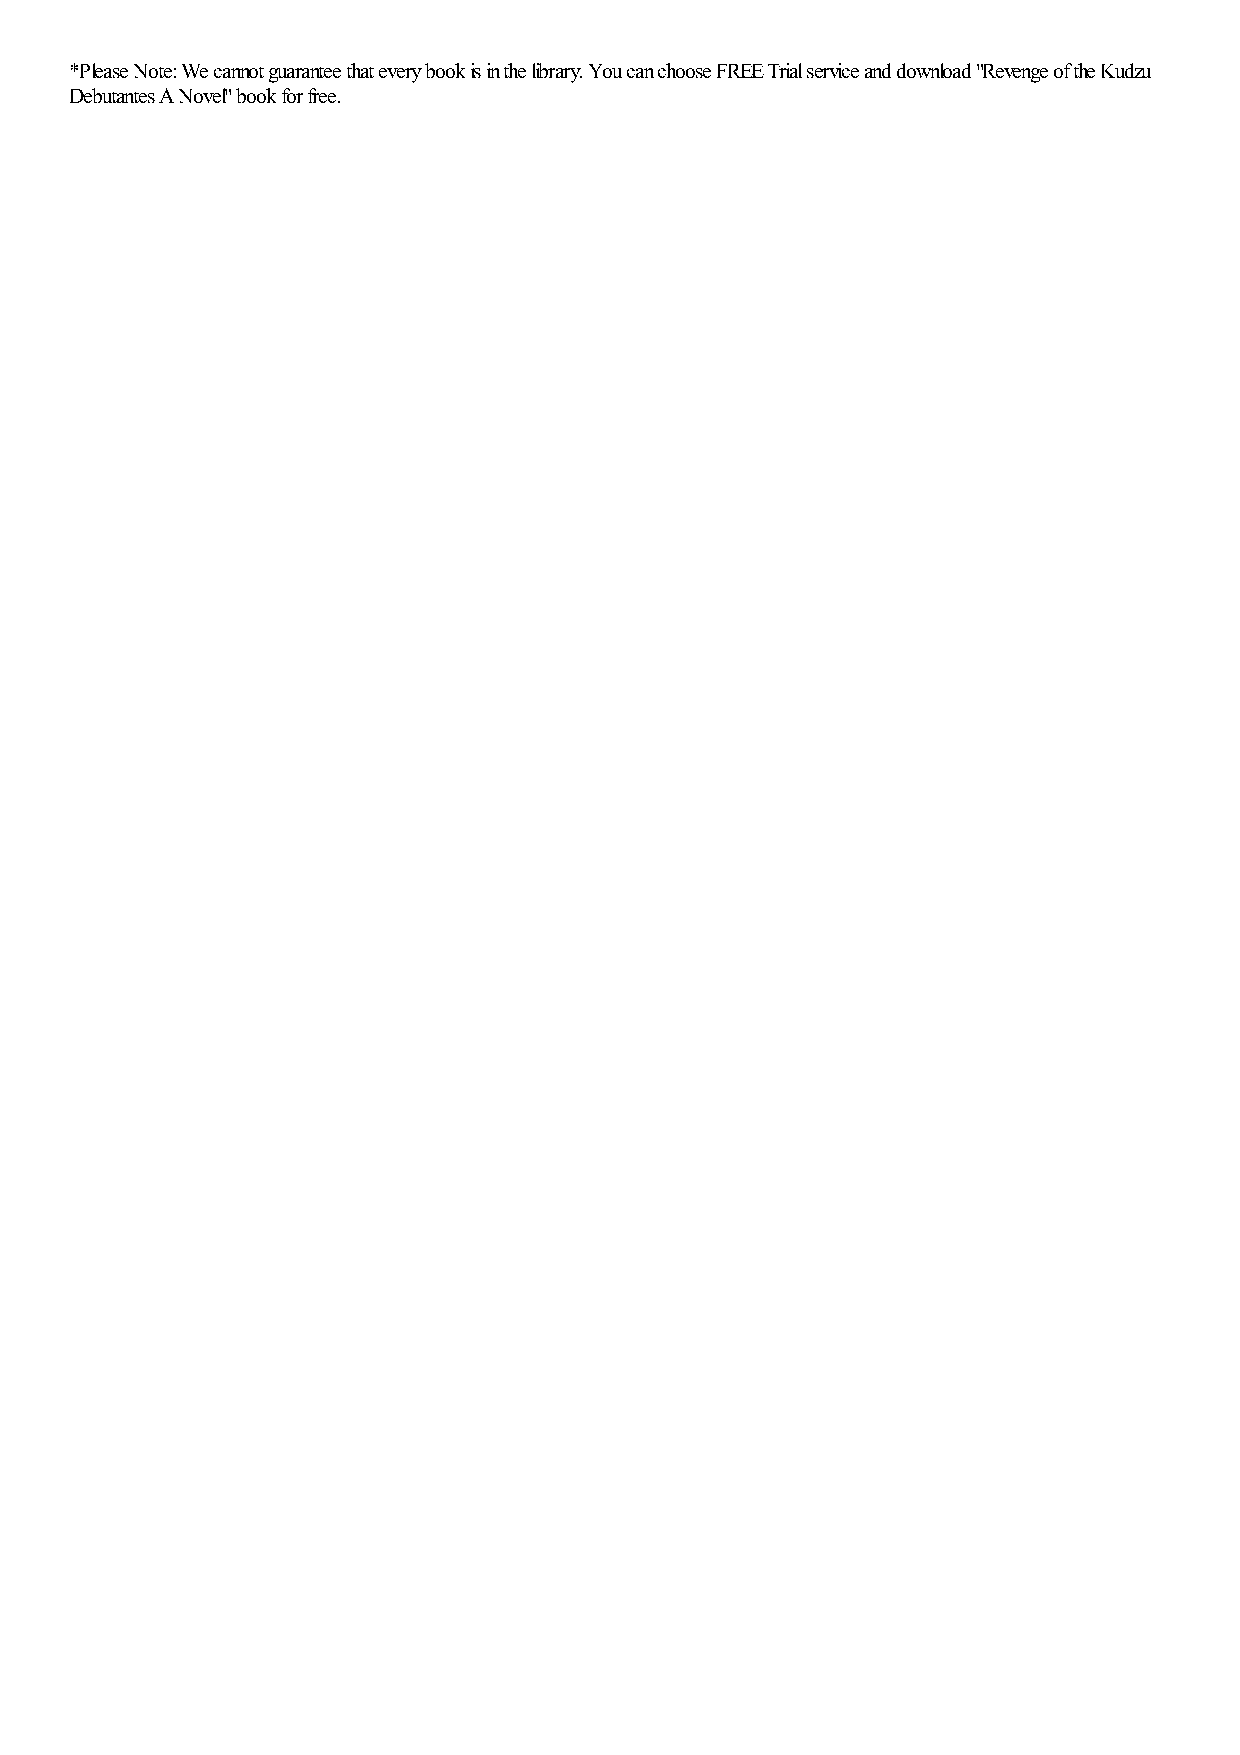
*Please Note: We cannot guarantee that every book is in the library. You can choose FREE Trial service and download "Revenge of the Kudzu
 Debutantes A Novel" book for free.